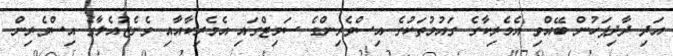
އަދި ދާދިފަހުން ބޭއްވި އެމެރިކާގެ ގައުމުތަކުގެ އިސްވެރިންގެ ސަމިޓްގައި އެމެރިކާއާއި ވެނެޒުއެލާގެ އިސްވެރިން